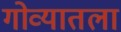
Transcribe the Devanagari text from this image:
गोव्यातला